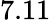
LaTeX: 7.11